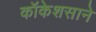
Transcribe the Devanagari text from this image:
कॉकेशसाने